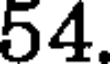
54.